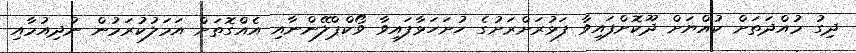
ދިގު މުއްދަތަށް ކުއްޔަށް ދޫކޮށްފައިވާ ފަޅުރަށްރަށުގެ ހުށަހަޅާފައިވާ ވޯކްޕްލޭންނާއި އެއްގޮތަށް އަމަލުކުރަމުން ނުދިއުމާއި